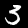
Digit: 3